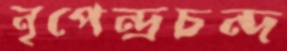
নৃপেন্দ্রচন্দ